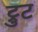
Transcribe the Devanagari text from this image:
ट्रुट